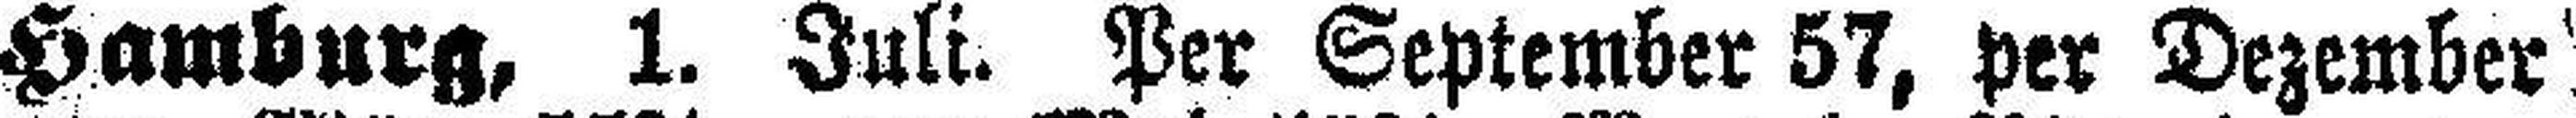
Hamburg, 1. Juli. Per September 57, per Dezember